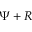
\Psi + R